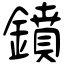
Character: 鐼